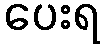
ပေးရ